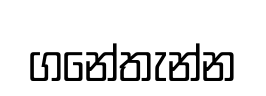
ගනේතැන්න